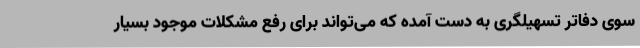
سوی دفاتر تسهیلگری به دست آمده که می‌تواند برای رفع مشکلات موجود بسیار